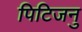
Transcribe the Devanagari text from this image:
पिटिजनु